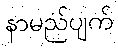
နာမည်ပျက်